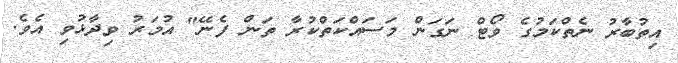
އިތުބާރު ނެތްކަމުގެ ވޯޓް ނަގަން މަސައްކަތްކުރާ ތަން ފެނޭ" އުމަރު ވިދާޅުވި އެވެ.